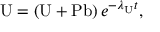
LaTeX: \mathrm { U } = \left( \mathrm { U } + \mathrm { P b } \right) e ^ { - \lambda _ { \mathrm { U } } t } ,